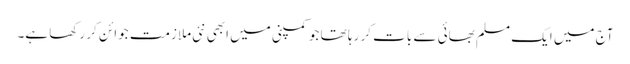
آج میں ایک مسلم بھائی سے بات کر رہا تھا جو کمپنی میں ابھی نئی ملازمت جوائن کر رکھا ہے۔